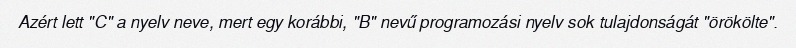
Azért lett "C" a nyelv neve, mert egy korábbi, "B" nevű programozási nyelv sok tulajdonságát "örökölte".